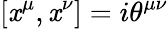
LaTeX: [\mathit{x}^{\mu},\mathit{x}^{\nu}]=i\theta^{\mu\nu}